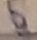
Text: 5